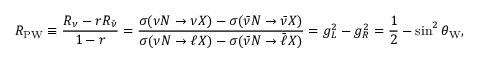
R _ { \mathrm { P W } } \equiv \frac { R _ { \nu } - r R _ { \bar { \nu } } } { 1 - r } = \frac { \sigma ( \nu { \cal N } \to \nu X ) - \sigma ( \bar { \nu } { \cal N } \to \bar { \nu } X ) } { \sigma ( \nu { \cal N } \to \ell X ) - \sigma ( \bar { \nu } { \cal N } \to \bar { \ell } X ) } = g _ { L } ^ { 2 } - g _ { R } ^ { 2 } = \frac { 1 } { 2 } - \sin ^ { 2 } \theta _ { \mathrm { W } } ,